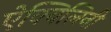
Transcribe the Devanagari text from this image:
ऐक्विलिनी